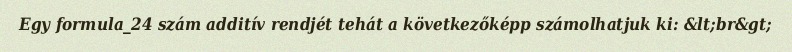
Egy formula_24 szám additív rendjét tehát a következőképp számolhatjuk ki: &lt;br&gt;